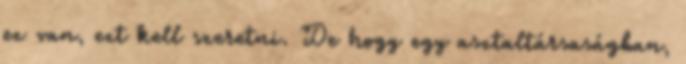
ez van, ezt kell szeretni. De hogy egy asztaltársaságban,